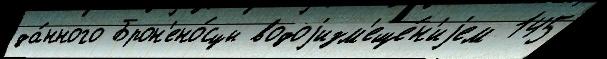
да́нного Брон'ено́сцы водоjизм'еще́н'иjем 145